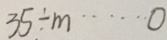
3 5 \div m \cdots 0